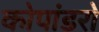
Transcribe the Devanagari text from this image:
कोपांडरो